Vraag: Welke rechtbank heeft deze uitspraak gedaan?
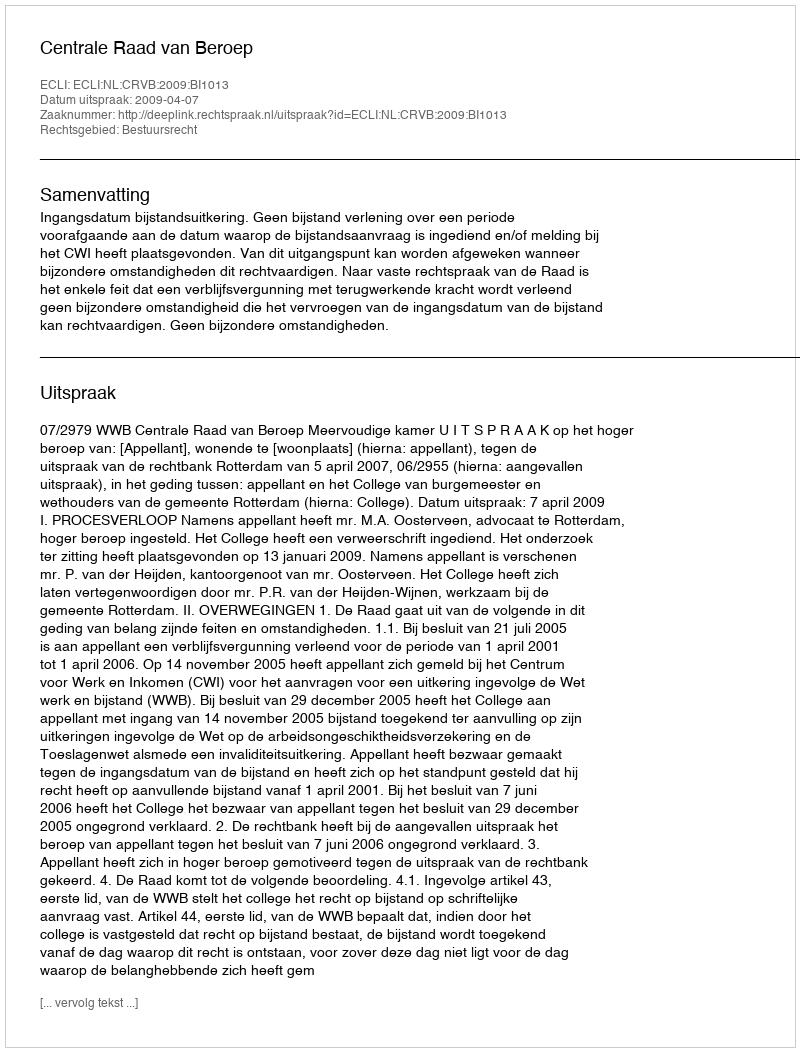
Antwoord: Centrale Raad van Beroep